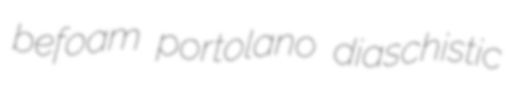
befoam portolano diaschistic